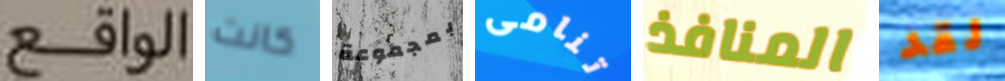
الواقع كانت بمجموعة تنامى المنافذ لقد